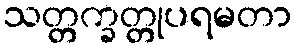
သတ္တက္ခတ္တုပရမတာ